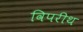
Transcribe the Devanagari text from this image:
विपरीथ